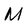
Character: M